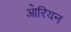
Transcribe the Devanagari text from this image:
आ॓रियन